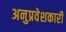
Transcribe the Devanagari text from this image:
अनुप्रवेशकारी